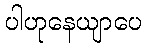
ပါဟုနေယျာပေ